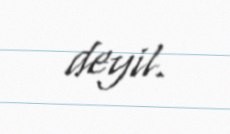
deyil.